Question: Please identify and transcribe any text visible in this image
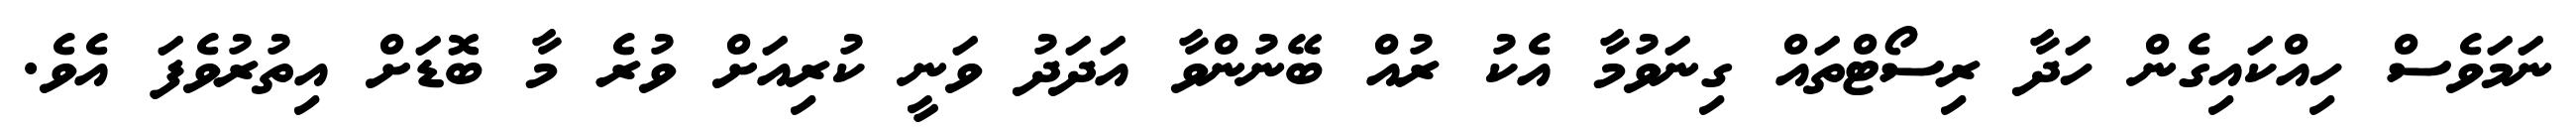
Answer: ނަމަވެސް ހިއްކައިގެން ހަދާ ރިސޯޓްތައް ގިނަވުމާ އެކު ރުއް ބޭނުންވާ އަދަދު ވަނީ ކުރިއަށް ވުރެ މާ ބޮޑަށް އިތުރުވެފަ އެވެ.